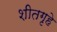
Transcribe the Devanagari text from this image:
शीतगृहे